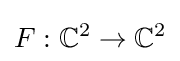
F:\mathbb {C} ^{2}\to \mathbb {C} ^{2}